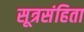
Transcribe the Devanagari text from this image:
सूत्रसंहिता